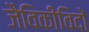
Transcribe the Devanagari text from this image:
जैविकीविदों